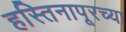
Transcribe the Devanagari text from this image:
हस्तिनापूरच्या